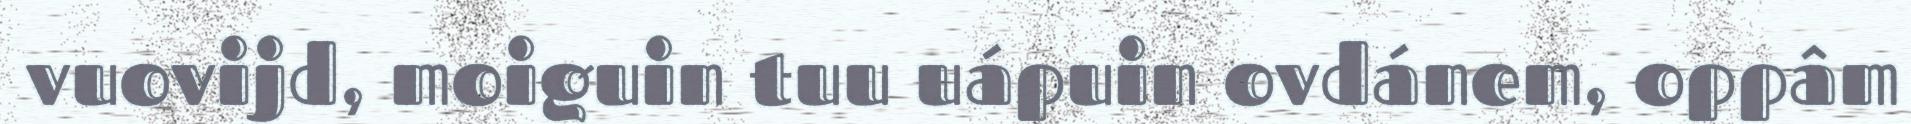
vuovijd, moiguin tuu uápuin ovdánem, oppâm